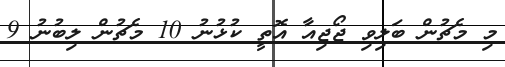
މި މެޗުން ބަލިވި ޖޯޖިއާ އޮތީ ކުޅުނު 10 މެޗުން ލިބުނު 9